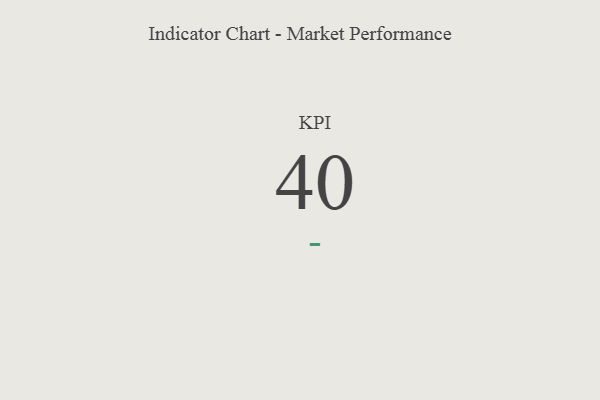
{"axis": {"x": "KPI", "y": "Value"}, "legend": [""], "data": [{"x": "KPI", "y": 40, "type": ""}]}